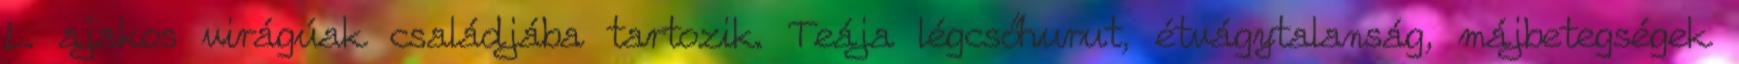
L. ajakos virágúak családjába tartozik. Teája légcsőhurut, étvágytalanság, májbetegségek